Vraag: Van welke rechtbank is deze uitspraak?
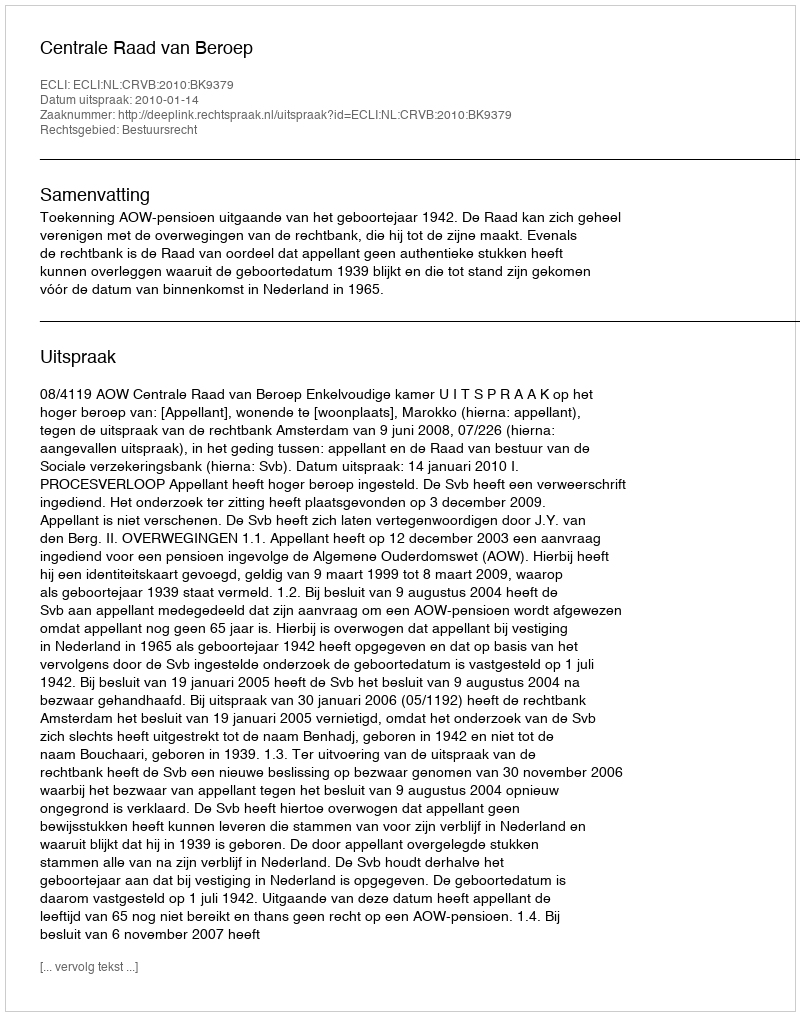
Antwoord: Centrale Raad van Beroep